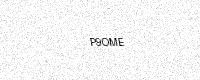
Text: P9OME